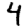
Digit: 4